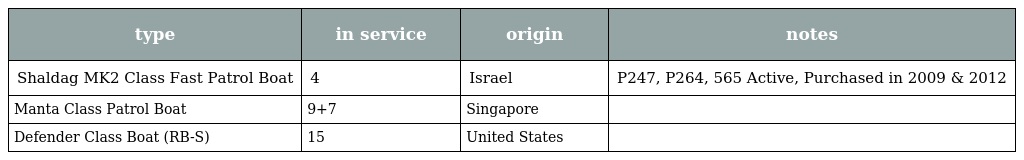
| type | in service | origin | notes |
 | --- | --- | --- | --- |
 | Shaldag MK2 Class Fast Patrol Boat | 4 | Israel | P247, P264, 565 Active, Purchased in 2009 & 2012 |
 | Manta Class Patrol Boat | 9+7 | Singapore |  |
 | Defender Class Boat (RB-S) | 15 | United States |  |